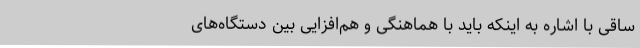
ساقی با اشاره به اینکه باید با هماهنگی و هم‌افزایی بین دستگاه‌های